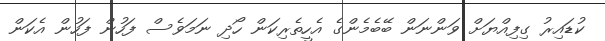
ކުޑައިރު ގިފިއްޔަށް ވަންނަން ބޭބެމެންގެ އެހީތެރިކަން ހޯދި ނަމަވެސް ފަހުން ފަހުން އެކަން